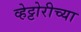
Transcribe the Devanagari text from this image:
व्हेट्टोरीच्या